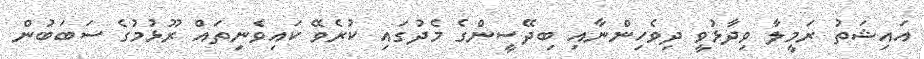
އައިޝަތު ރަމީލާ ވިދާޅުވީ ދިވެހިންނާއި ބިދޭސީންގެ މެދުގައި ކުރެވޭ ކައިވެނިތައް ރޫޅުމުގެ ސަބަބުން